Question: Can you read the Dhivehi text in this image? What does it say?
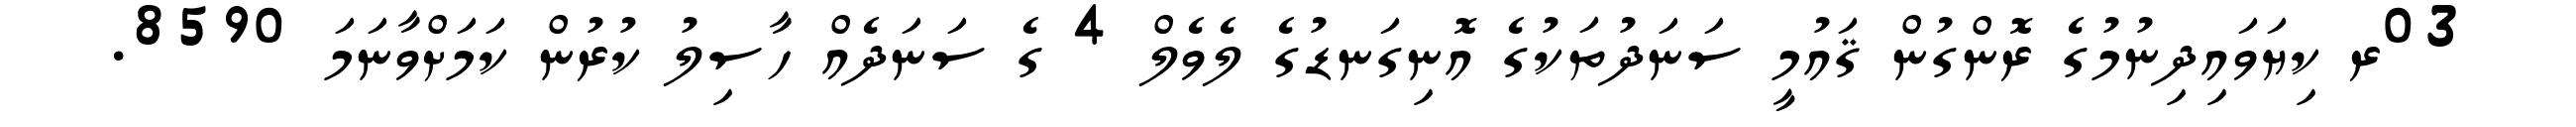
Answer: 03ރ ކިޔަވައިދިނުމުގެ ރޮންގުން ޤައުމީ ސަނަދުތަކުގެ އޮނިގަނޑުގެ ލެވެލް 4 ގެ ސަނަދެއް ހާސިލު ކުރުން ކަމަށްވާނަމަ 8590.